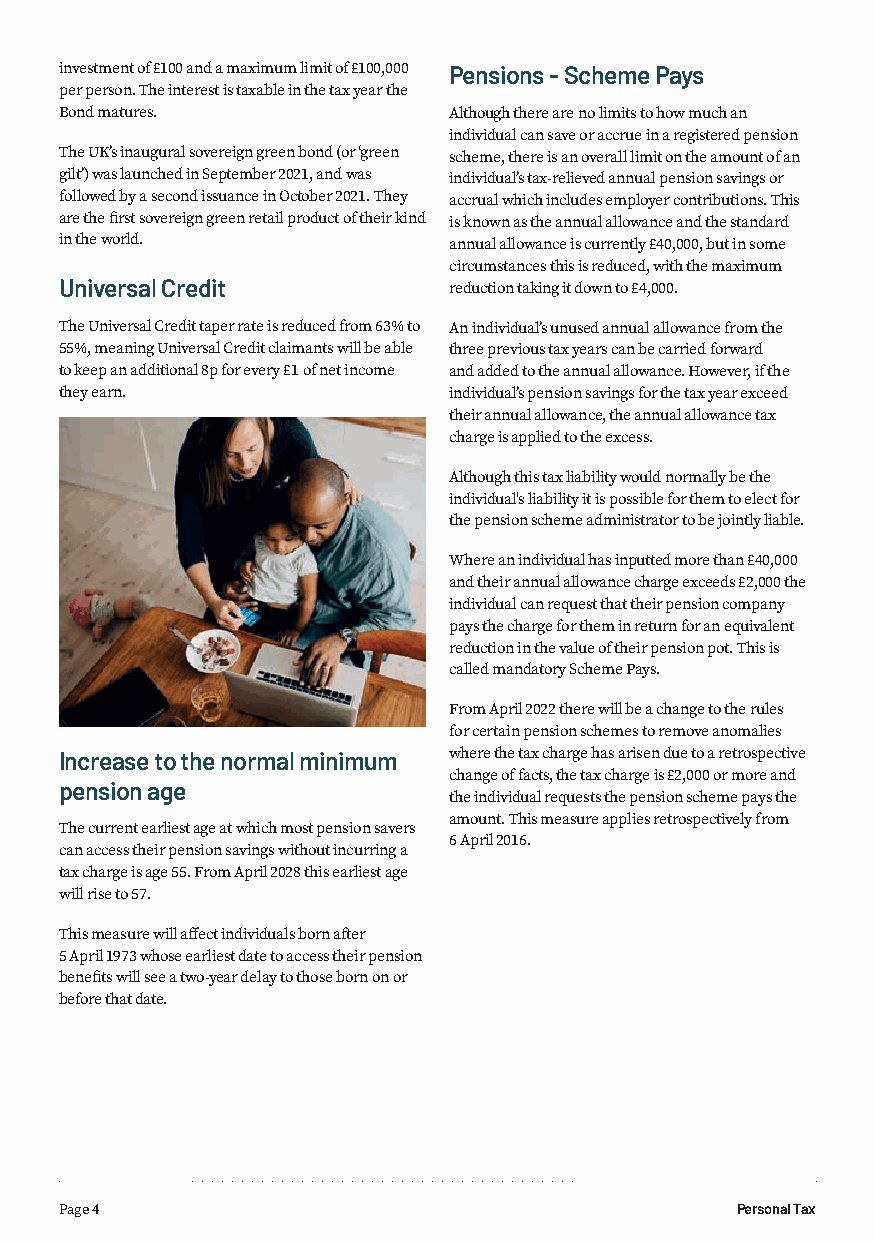
investment of £100 and a maximum limit of £100,000 Pensions - Scheme Pays
 per person. The interest is taxable in the tax year the
 Bond matures.             Although there are no limits to how much an
 individual can save or accrue in a registered pension
 The UK’s inaugural sovereign green bond (or ‘green scheme, there is an overall limit on the amount of an
 gilt’) was launched in September 2021, and was individual’s tax-relieved annual pension savings or
 followed by a second issuance in October 2021. They accrual which includes employer contributions. This
 are the first sovereign green retail product of their kind is known as the annual allowance and the standard
 in the world.             annual allowance is currently £40,000, but in some
 circumstances this is reduced, with the maximum
 Universal Credit          reduction taking it down to £4,000.
 The Universal Credit taper rate is reduced from 63% to An individual’s unused annual allowance from the
 55%, meaning Universal Credit claimants will be able three previous tax years can be carried forward
 to keep an additional 8p for every £1 of net income and added to the annual allowance. However, if the
 they earn.                individual’s pension savings for the tax year exceed
 their annual allowance, the annual allowance tax
 charge is applied to the excess.
 Although this tax liability would normally be the
 individual's liability it is possible for them to elect for
 the pension scheme administrator to be jointly liable.
 Where an individual has inputted more than £40,000
 and their annual allowance charge exceeds £2,000 the
 individual can request that their pension company
 pays the charge for them in return for an equivalent
 reduction in the value of their pension pot. This is
 called mandatory Scheme Pays.
 From April 2022 there will be a change to the rules
 for certain pension schemes to remove anomalies
 Increase to the normal minimum where the tax charge has arisen due to a retrospective
 change of facts, the tax charge is £2,000 or more and
 pension age
 the individual requests the pension scheme pays the
 amount. This measure applies retrospectively from
 The current earliest age at which most pension savers
 6 April 2016.
 can access their pension savings without incurring a
 tax charge is age 55. From April 2028 this earliest age
 will rise to 57.
 This measure will affect individuals born after
 5 April 1973 whose earliest date to access their pension
 benefits will see a two-year delay to those born on or
 before that date.
 Page 4                                       Personal Tax